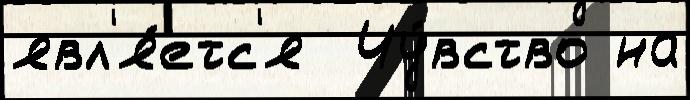
явл'я́етс'я  Чу́вство на